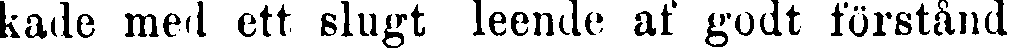
kade med ett slugt leende af godt förstånd